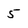
Character: 5